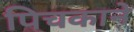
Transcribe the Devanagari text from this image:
पिचकाने